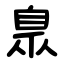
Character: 臮